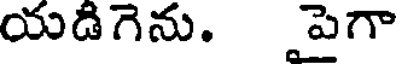
యడిగెను. పైగా